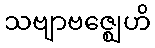
သဗျာဗဇ္ဈေဟိ